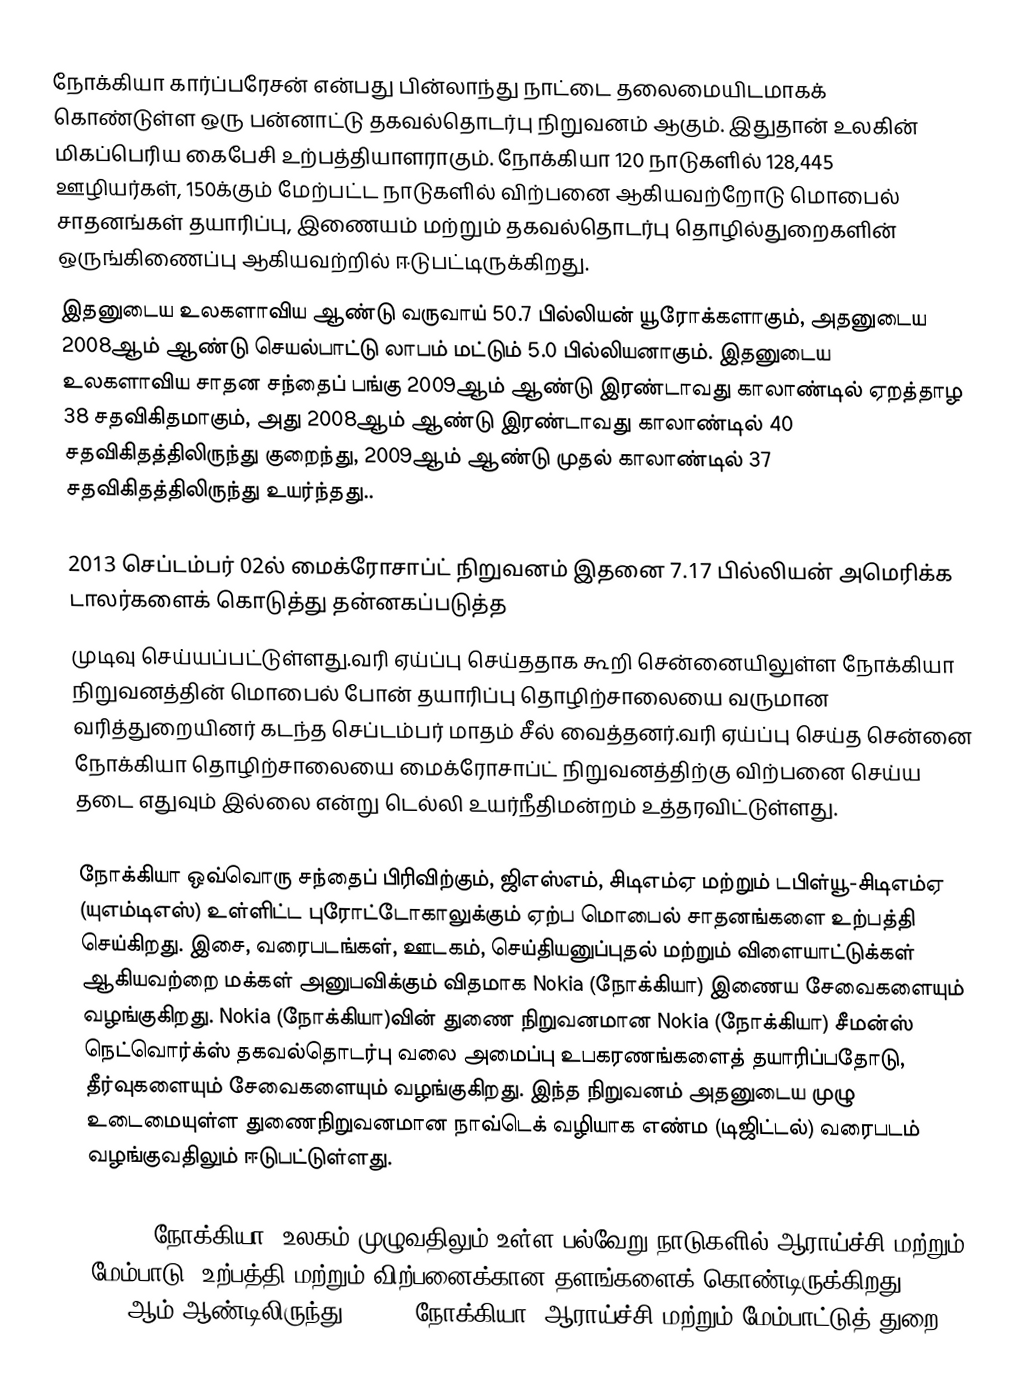
நோக்கியா கார்ப்பரேசன் என்பது பின்லாந்து நாட்டை தலைமையிடமாகக் கொண்டுள்ள ஒரு பன்னாட்டு தகவல்தொடர்பு நிறுவனம் ஆகும். இதுதான் உலகின் மிகப்பெரிய கைபேசி உற்பத்தியாளராகும். நோக்கியா 120 நாடுகளில் 128,445 ஊழியர்கள், 150க்கும் மேற்பட்ட நாடுகளில் விற்பனை ஆகியவற்றோடு மொபைல் சாதனங்கள் தயாரிப்பு, இணையம் மற்றும் தகவல்தொடர்பு தொழில்துறைகளின் ஒருங்கிணைப்பு ஆகியவற்றில் ஈடுபட்டிருக்கிறது.
இதனுடைய உலகளாவிய ஆண்டு வருவாய் 50.7 பில்லியன் யூரோக்களாகும், அதனுடைய 2008ஆம் ஆண்டு செயல்பாட்டு லாபம் மட்டும் 5.0 பில்லியனாகும். இதனுடைய உலகளாவிய சாதன சந்தைப் பங்கு 2009ஆம் ஆண்டு இரண்டாவது காலாண்டில் ஏறத்தாழ 38 சதவிகிதமாகும், அது 2008ஆம் ஆண்டு இரண்டாவது காலாண்டில் 40 சதவிகிதத்திலிருந்து குறைந்து, 2009ஆம் ஆண்டு முதல் காலாண்டில் 37 சதவிகிதத்திலிருந்து உயர்ந்தது..

2013 செப்டம்பர் 02ல்  மைக்ரோசாப்ட் நிறுவனம் இதனை 7.17 பில்லியன் அமெரிக்க டாலர்களைக் கொடுத்து தன்னகப்படுத்த
முடிவு செய்யப்பட்டுள்ளது.வரி ஏய்ப்பு செய்ததாக கூறி சென்னையிலுள்ள நோக்கியா நிறுவனத்தின் மொபைல் போன் தயாரிப்பு தொழிற்சாலையை வருமான வரித்துறையினர் கடந்த செப்டம்பர் மாதம் சீல் வைத்தனர்.வரி ஏய்ப்பு செய்த சென்னை நோக்கியா தொழிற்சாலையை மைக்ரோசாப்ட் நிறுவனத்திற்கு விற்பனை செய்ய தடை எதுவும் இல்லை என்று டெல்லி உயர்நீதிமன்றம் உத்தரவிட்டுள்ளது.

நோக்கியா ஒவ்வொரு சந்தைப் பிரிவிற்கும், ஜிஎஸ்எம், சிடிஎம்ஏ மற்றும் டபிள்யூ-சிடிஎம்ஏ (யுஎம்டிஎஸ்) உள்ளிட்ட புரோட்டோகாலுக்கும் ஏற்ப மொபைல் சாதனங்களை உற்பத்தி செய்கிறது. இசை, வரைபடங்கள், ஊடகம், செய்தியனுப்புதல் மற்றும் விளையாட்டுக்கள் ஆகியவற்றை மக்கள் அனுபவிக்கும் விதமாக Nokia (நோக்கியா) இணைய சேவைகளையும் வழங்குகிறது. Nokia (நோக்கியா)வின் துணை நிறுவனமான Nokia (நோக்கியா) சீமன்ஸ் நெட்வொர்க்ஸ் தகவல்தொடர்பு வலை அமைப்பு உபகரணங்களைத் தயாரிப்பதோடு, தீர்வுகளையும் சேவைகளையும் வழங்குகிறது. இந்த நிறுவனம் அதனுடைய முழு உடைமையுள்ள துணைநிறுவனமான நாவ்டெக் வழியாக எண்ம (டிஜிட்டல்) வரைபடம் வழங்குவதிலும் ஈடுபட்டுள்ளது.

Nokia (நோக்கியா) உலகம் முழுவதிலும் உள்ள பல்வேறு நாடுகளில் ஆராய்ச்சி மற்றும் மேம்பாடு, உற்பத்தி மற்றும் விற்பனைக்கான தளங்களைக் கொண்டிருக்கிறது. 2008ஆம் ஆண்டிலிருந்து Nokia (நோக்கியா) ஆராய்ச்சி மற்றும் மேம்பாட்டுத் துறை